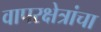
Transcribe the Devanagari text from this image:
वापरक्षेत्रांचा